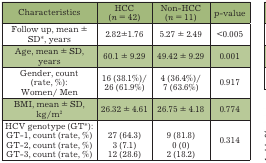
| Characteristics | HCC(n = 42) | Non-HCC(n = 11) | p-value |
 | --- | --- | --- | --- |
 | Follow up, mean ±SD*, years | 2.82±1.76 | 5.27 ± 2.49 | < 0.005 |
 | Age, mean ± SD,years | 60.1 ± 9.29 | 49.42 ± 9.29 | 0.001 |
 | Gender, count(rate, %): Women/ Men | 16 (38.1%)/ 26 (61.9%) | 4 (36.4%)/ 7 (63.6%) | 0.917 |
 | BMI, mean ± SD, kg/m2 | 26.32 ± 4.61 | 26.75 ± 4.18 | 0.774 |
 | HCV genotype (GT*): GT-1, count (rate, %)GT-2, count (rate, %)GT-3, count (rate, %) | 27 (64.3) 3 (7.1) 12 (28.6) | 9 (81.8) 0 (0) 2 (18.2) | 0.314 |